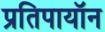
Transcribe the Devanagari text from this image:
प्रतिपायॉन